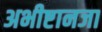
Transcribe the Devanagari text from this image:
अभीष्टानजा